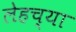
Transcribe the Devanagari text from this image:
लेहच्या